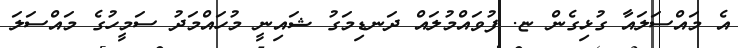
އެ މައްސަލައާ ގުޅިގެން ޏ. ފުވައްމުލައް ދަނޑިމަގު ޝައިނީ މުހައްމަދު ސަމީހުގެ މައްސަލަ